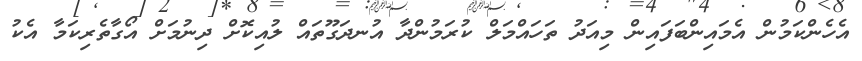
އެހެންކަމުން އެމައިންބަފައިން މިއަދު ތަހަައްމަލް ކުރަމުންދާ އުނދަގޫތައް ލުއިކޮށް ދިނުމަށް އޯގާތެރިކަމާ އެކު